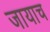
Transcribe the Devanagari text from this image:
जायाच